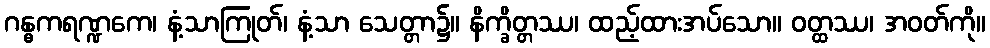
ဂန္ဓကရဏ္ဍကေ၊ နံ့သာကြုတ်၊ နံ့သာ သေတ္တာ၌။ နိက္ခိတ္တဿ၊ ထည့်ထားအပ်သော။ ဝတ္ထဿ၊ အဝတ်ကို။